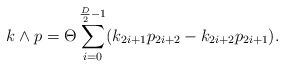
LaTeX: \begin{align*}k\wedge p=\Theta\sum_{i=0}^{\frac{D}{2}-1}(k_{2i+1}p_{2i+2}-k_{2i+2}p_{2i+1}).\end{align*}